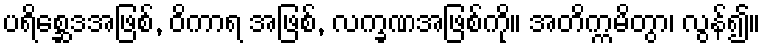
ပရိစ္ဆေဒအဖြစ်, ဝိကာရ အဖြစ်, လက္ခဏအဖြစ်ကို။ အတိက္ကမိတွာ၊ လွန်၍။